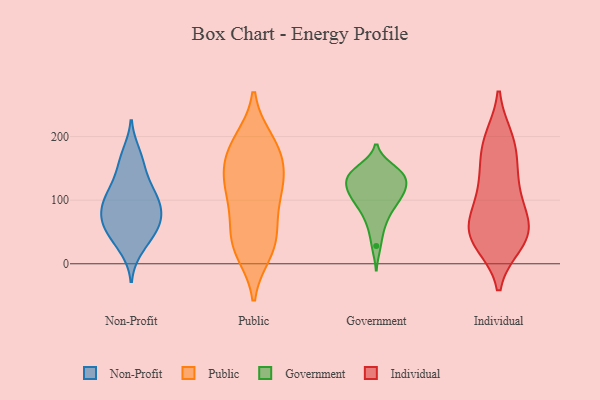
{"axis": {"x": "Conversion Rate (%)", "y": "Value"}, "legend": ["Government", "Individual", "Non-Profit", "Public"], "data": [{"x": "", "y": 62, "type": "Non-Profit"}, {"x": "", "y": 23, "type": "Non-Profit"}, {"x": "", "y": 66, "type": "Non-Profit"}, {"x": "", "y": 106, "type": "Non-Profit"}, {"x": "", "y": 121, "type": "Non-Profit"}, {"x": "", "y": 62, "type": "Non-Profit"}, {"x": "", "y": 166, "type": "Non-Profit"}, {"x": "", "y": 55, "type": "Non-Profit"}, {"x": "", "y": 174, "type": "Non-Profit"}, {"x": "", "y": 94, "type": "Non-Profit"}, {"x": "", "y": 32, "type": "Non-Profit"}, {"x": "", "y": 88, "type": "Non-Profit"}, {"x": "", "y": 127, "type": "Non-Profit"}, {"x": "", "y": 104, "type": "Non-Profit"}, {"x": "", "y": 149, "type": "Non-Profit"}, {"x": "", "y": 91, "type": "Non-Profit"}, {"x": "", "y": 77, "type": "Non-Profit"}, {"x": "", "y": 48, "type": "Non-Profit"}, {"x": "", "y": 18, "type": "Public"}, {"x": "", "y": 173, "type": "Public"}, {"x": "", "y": 182, "type": "Public"}, {"x": "", "y": 194, "type": "Public"}, {"x": "", "y": 27, "type": "Public"}, {"x": "", "y": 29, "type": "Public"}, {"x": "", "y": 192, "type": "Public"}, {"x": "", "y": 32, "type": "Public"}, {"x": "", "y": 67, "type": "Public"}, {"x": "", "y": 153, "type": "Public"}, {"x": "", "y": 72, "type": "Public"}, {"x": "", "y": 143, "type": "Public"}, {"x": "", "y": 112, "type": "Public"}, {"x": "", "y": 135, "type": "Public"}, {"x": "", "y": 108, "type": "Public"}, {"x": "", "y": 121, "type": "Public"}, {"x": "", "y": 144, "type": "Government"}, {"x": "", "y": 118, "type": "Government"}, {"x": "", "y": 149, "type": "Government"}, {"x": "", "y": 120, "type": "Government"}, {"x": "", "y": 99, "type": "Government"}, {"x": "", "y": 72, "type": "Government"}, {"x": "", "y": 104, "type": "Government"}, {"x": "", "y": 110, "type": "Government"}, {"x": "", "y": 84, "type": "Government"}, {"x": "", "y": 137, "type": "Government"}, {"x": "", "y": 125, "type": "Government"}, {"x": "", "y": 140, "type": "Government"}, {"x": "", "y": 101, "type": "Government"}, {"x": "", "y": 57, "type": "Government"}, {"x": "", "y": 138, "type": "Government"}, {"x": "", "y": 28, "type": "Government"}, {"x": "", "y": 143, "type": "Government"}, {"x": "", "y": 197, "type": "Individual"}, {"x": "", "y": 69, "type": "Individual"}, {"x": "", "y": 118, "type": "Individual"}, {"x": "", "y": 47, "type": "Individual"}, {"x": "", "y": 94, "type": "Individual"}, {"x": "", "y": 158, "type": "Individual"}, {"x": "", "y": 32, "type": "Individual"}, {"x": "", "y": 196, "type": "Individual"}, {"x": "", "y": 147, "type": "Individual"}, {"x": "", "y": 66, "type": "Individual"}, {"x": "", "y": 32, "type": "Individual"}, {"x": "", "y": 53, "type": "Individual"}, {"x": "", "y": 116, "type": "Individual"}, {"x": "", "y": 52, "type": "Individual"}, {"x": "", "y": 188, "type": "Individual"}, {"x": "", "y": 38, "type": "Individual"}]}